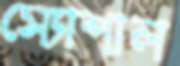
স্যোশাল